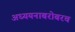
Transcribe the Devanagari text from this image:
अध्ययनाबरोबरच